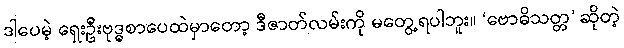
ဒါပေမဲ့ ရှေးဦးဗုဒ္ဓစာပေထဲမှာတော့ ဒီဇာတ်လမ်းကို မတွေ့ရပါဘူး။ ‘ဗောဓိသတ္တ’ ဆိုတဲ့